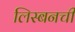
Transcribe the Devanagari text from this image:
लिस्बनची